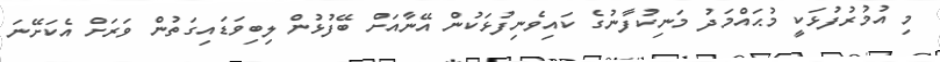
މި އުމުރުފުޅަކީ މުޙައްމަދު މަނިކުފާނުގެ ކައިވެނިފުޅަކުން އޭނާއަށް ބޭފުޅުން ލިބިވަޑައިގަތުން ވަރަށް އެކަށޭނަ